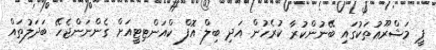
ޕީ މަޝްރޫޢުތަކުގައި ބޭނުންކުރާ ކުރެހުން އަދި ބިލް އޮފް ކްއަންޓިޓީއަށް ގެންނަންޖެހޭ ބަދަލުތައް